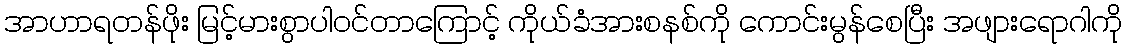
အာဟာရတန်ဖိုး မြင့်မားစွာပါဝင်တာကြောင့် ကိုယ်ခံအားစနစ်ကို ကောင်းမွန်စေပြီး အဖျားရောဂါကို